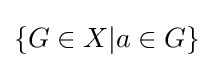
\lbrace G\in X|a\in G\rbrace